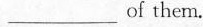
___ of them.